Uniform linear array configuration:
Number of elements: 4
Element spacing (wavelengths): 1
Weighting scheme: uniform
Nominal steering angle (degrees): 30
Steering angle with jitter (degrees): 28.849
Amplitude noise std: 0.05
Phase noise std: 0.05

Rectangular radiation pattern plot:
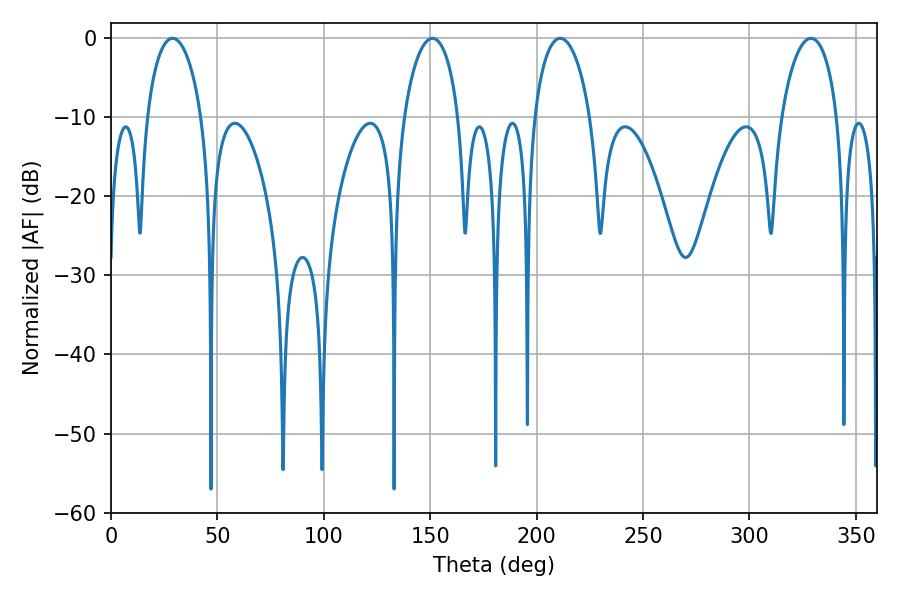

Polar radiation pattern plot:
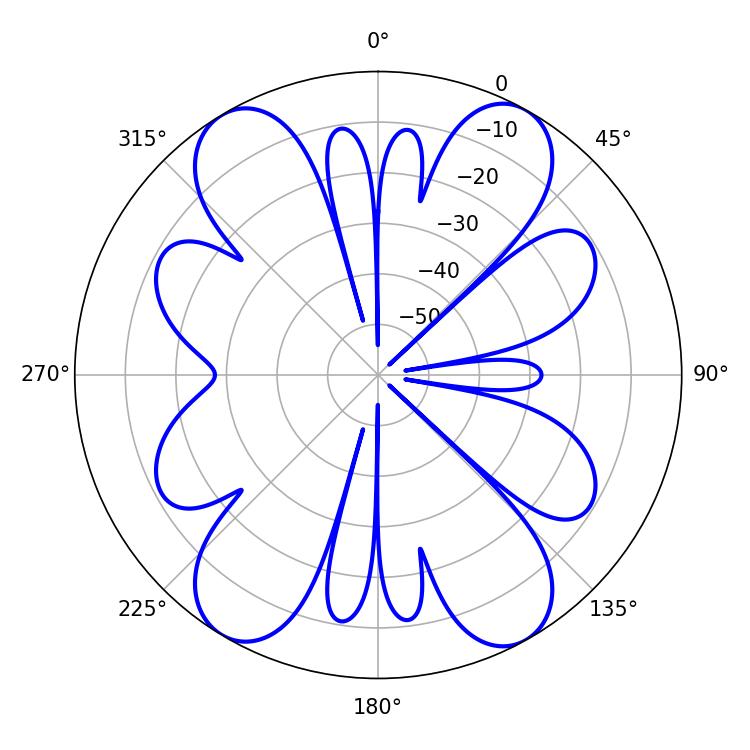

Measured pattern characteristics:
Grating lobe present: TRUE
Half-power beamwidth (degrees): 14.76
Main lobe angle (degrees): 151.02